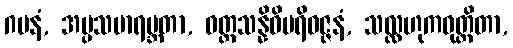
ဂမနံ, အပ္ပသမာရမ္ဘတာ, ဝတ္ထသန္နိဓိပရိဝဇ္ဇနံ, သလ္လဟုကဝုတ္တိတာ,